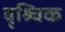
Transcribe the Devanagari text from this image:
वृश्र्चिक